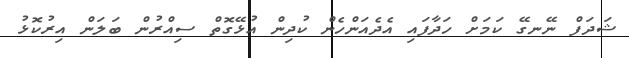
ޝަދަފް ނޭނގޭ ކަމަށް ހަދާފައި އެދެއަންހެން ކުދިން އުޅޭގޮތް ސިއްރުން ބަލަން އިރުކޮޅު